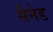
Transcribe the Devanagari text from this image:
सैनेड